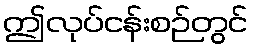
ဤလုပ်ငန်းစဉ်တွင်